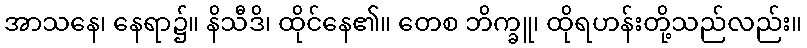
အာသနေ၊ နေရာ၌။ နိသီဒိ၊ ထိုင်နေ၏။ တေစ ဘိက္ခူ၊ ထိုရဟန်းတို့သည်လည်း။